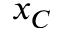
x _ { C }